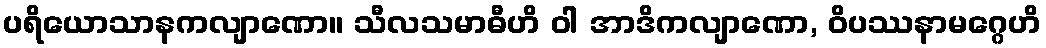
ပရိယောသာနကလျာဏော။ သီလသမာဓီဟိ ဝါ အာဒိကလျာဏော, ဝိပဿနာမဂ္ဂေဟိ